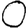
Digit: 0